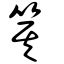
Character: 箕